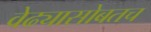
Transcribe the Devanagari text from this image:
वेढ्यासोबतच